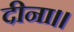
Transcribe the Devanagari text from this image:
दीना।।